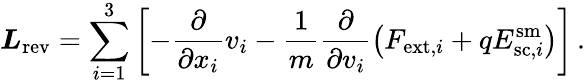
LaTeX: \boldsymbol{L}_{\mathrm{rev}}=\sum_{i=1}^{3}\left[-\frac{\partial}{\partial x_{i}}v_{i}-\frac{1}{m}\frac{\partial}{\partial v_{i}}\left(F_{\mathrm{ext},i}+qE_{\mathrm{sc},i}^{\mathrm{sm}}\right)\right]\, .